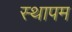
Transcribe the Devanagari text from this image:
स्थापम